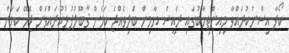
ކޯފާ އިސްނުކުރައްވާ މިއިންތިހާބުގައި ރައީސް ޔާމިން ބަލިވެއްޖެ ކަމަށް ޤާބޫލުފުޅުކުރައްވަން ޖެހޭ ކަމަށް